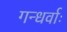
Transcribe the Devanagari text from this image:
गन्धर्वाः